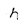
Character: h